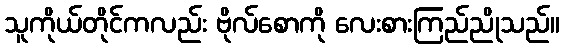
သူကိုယ်တိုင်ကလည်း ဗိုလ်စောကို လေးစားကြည်ညိုသည်။